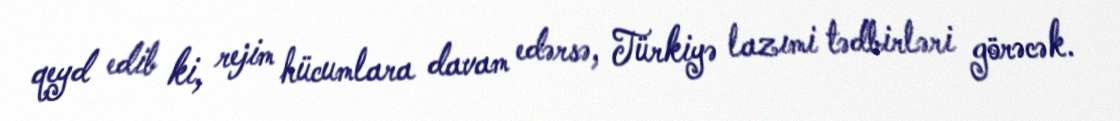
qeyd edib ki, rejim hücumlara davam edərsə, Türkiyə lazımi tədbirləri görəcək.